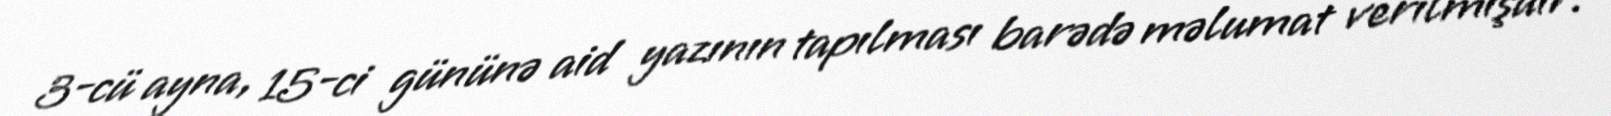
3-cü ayna, 15-ci gününə aid yazının tapılması barədə məlumat verilmişdir.